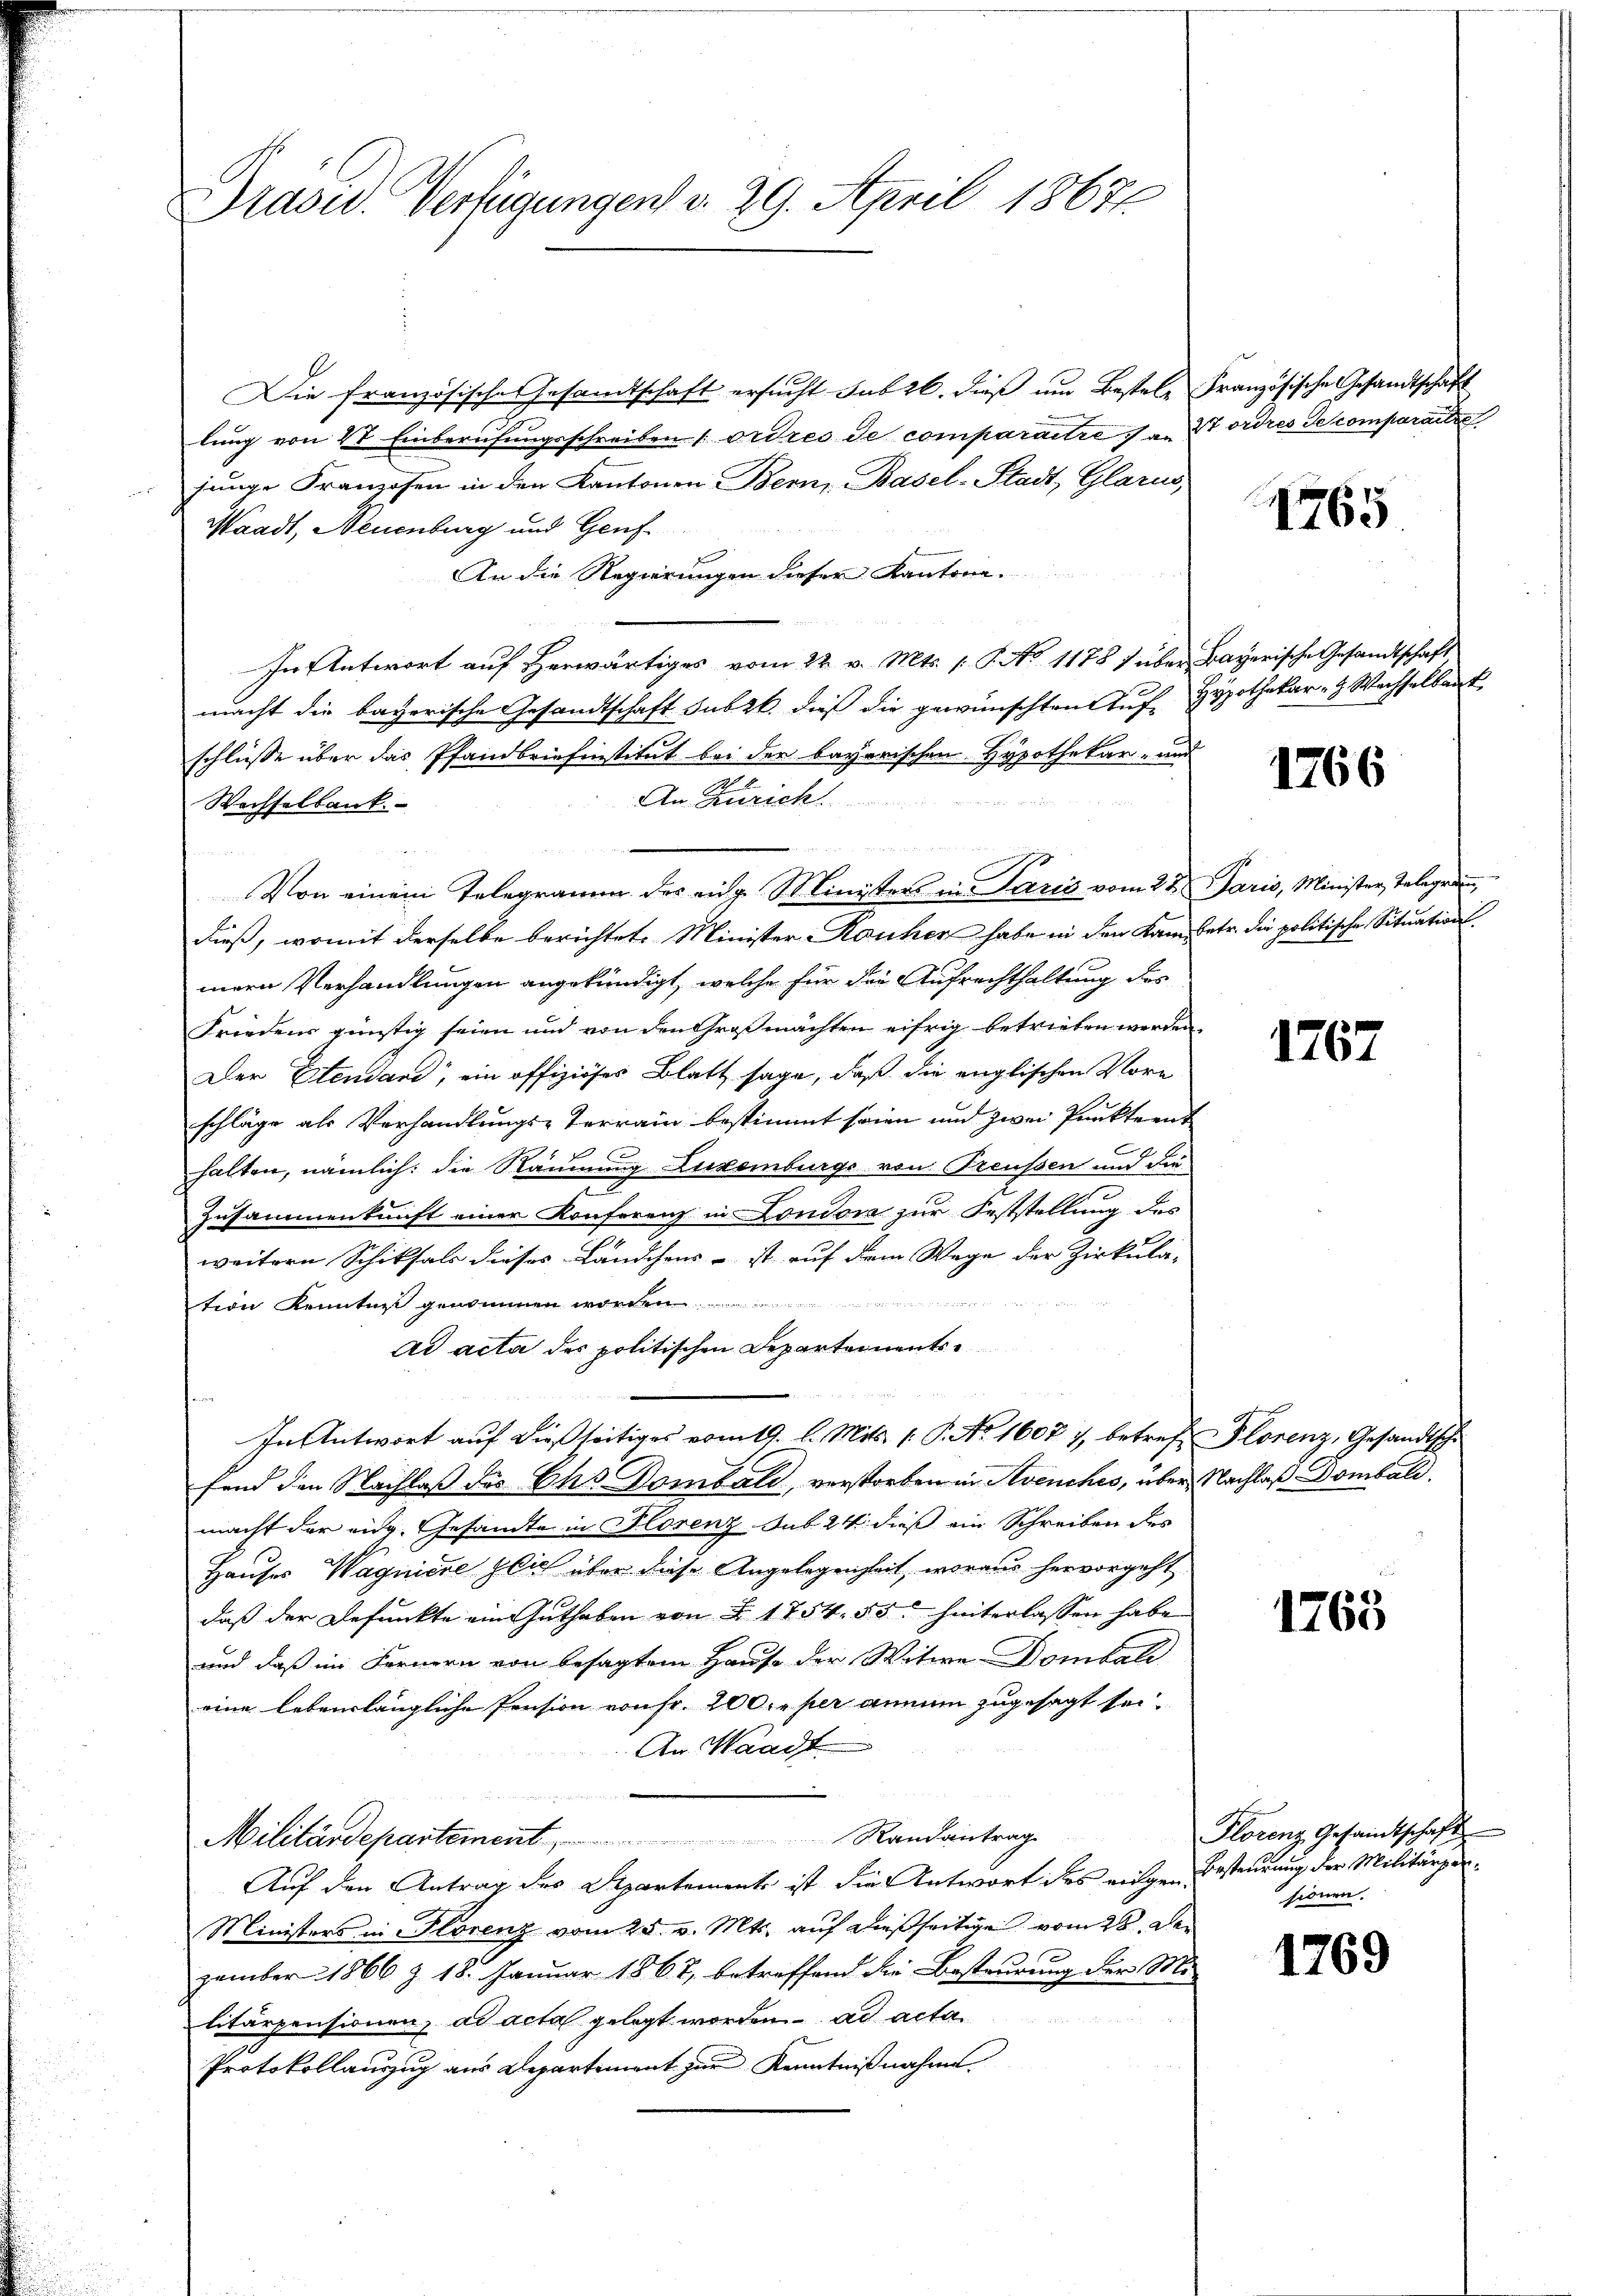
Drasid. Verfügungen v. 29. April 18671.

Die französische Gesandtschaft ersucht sub 26. dieß um Bestele Französische Gesandtschaft
lung von V Einberufungsschreiben ordres de comparaitres an Stordres Decomparate
junge Franzosen in den Kantonen Bern Basel-Stadt, Glarus,
Waadt, Neuenburg und Genf
An die Regierungen dieser Kantone.
In Antwort auf Herwärtiges vom 22. v. Mts. s. S. No 1178 f über Bayerische Gesandtschaft
macht die bayerische Gesandtschaft sub 26. dieß die gewünschten Auf-Hypothekar- & Wachselbert
schlüße über das Pfandbriefinstitut bei der bayerischen Hypothekar- und
An Zürich.

Wechselbank.
u
Von einem Telegramm des eidg. Ministers in Paris vom 22. Paris, Minister, Telegra
dieß, womit derselbe berichtet. Minister-Rauher habe in den Kam betr. die politische Situationsmern Verhandlungen angekündigt, welche für die Aufrechthaltung des
Friedens günstig seien und von den Großmachten eifrig betrieben werden,
Der Elendand, ein offiziöses Blatt sage, daß die englischen Vore
schläge als Verhandlungs-Terrain bestimmt seien und zwei Punkteent
halten, nämlich: die Räumung Luxenburgs von Preußen und die
e
Zusammenkunft einer Konferenz in London zur Feststellung des
n
weitern Schiksals dieses Ländchens - ist auf dem Wege der Zirkula-
.
tion Kennten genommen wo
Ad acta des politischen Departements¬
In Antwort auf dießseitiges vom 19. l. Mit 1. P. No 16077, betref Plorenz, Gesandtsche
fand den Nachlaß des Chs Bombali, verstorben in Avenches, über Nachlaß Dombald
macht der eidg. Gesandte in Florenz Sub 24 dieß ein Schreiben des
Hauses Wagniere glich über diese Angelegenheit, woraus hervorgeht
daß der Befunkte ein Guthaben von § 1754. 55 hinterlassen habe
und daß im Fernern von besagtem Hause der Witwe Dombali
eine lebenslängliche Pension von Fr. 200 per annum zugesagt sei.
An Waadt
Militärdepartement Randantrage
Auf den Antrag des Separtement ist die Antwort des eigen Besteurung der Militärger¬
Ministers in Florenz vom 25. v. Mts. auf dießseitige vom 25. Dezember 1866 Z. 18. Januar 1867, betreffend der Besteurung der Mi
litärpensionen, ad acta gelegt worden. ad acta
Protokollauszug aus Departement zur Kenntnißnahme

1765

1766

1767

1763

Florenz Gesandtschaft
sionen.

1769